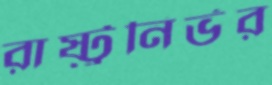
রাষ্ট্রনির্ভর